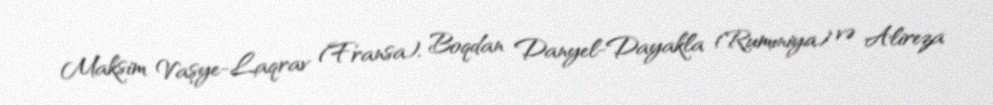
Maksim Vaşye-Laqrav (Fransa), Boqdan Danyel-Dayakla (Rumıniya) və Alireza